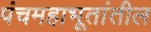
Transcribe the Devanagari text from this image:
पंचमहाभूतांतील